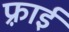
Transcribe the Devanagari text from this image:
फ़्राई